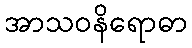
အာသဝနိရောဓာ